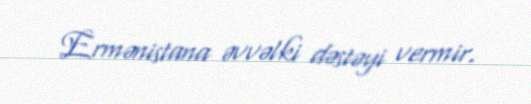
Ermənistana əvvəlki dəstəyi vermir.